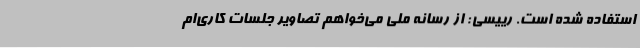
استفاده شده است. رییسی: از رسانه ملی می‌خواهم تصاویر جلسات کاری‌ام